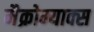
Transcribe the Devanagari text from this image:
मैक्रोम्याक्स